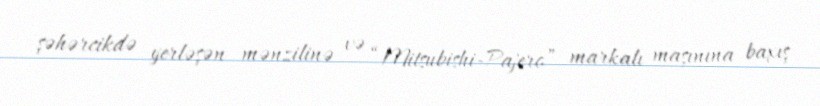
şəhərcikdə yerləşən mənzilinə və “Mitsubishi-Pajero” markalı maşınına baxış